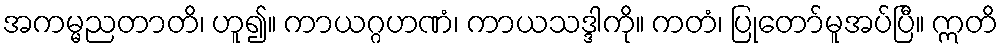
အကမ္မညတာတိ၊ ဟူ၍။ ကာယဂ္ဂဟဏံ၊ ကာယသဒ္ဒါကို။ ကတံ၊ ပြုတော်မူအပ်ပြီ။ ဣတိ